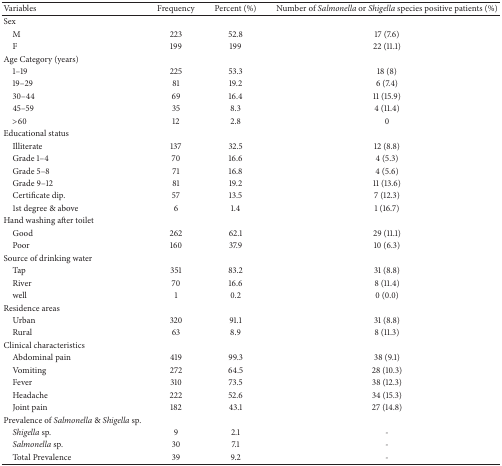
<table><thead><tr><td><b>Variables</b></td><td><b>Frequency </b></td><td><b>Percent (%)</b></td><td><b>Number of<i> Salmonella</i> or <i>Shigella</i> species positive patients (%)</b></td></tr></thead><tbody><tr><td>Sex</td><td> </td><td> </td><td> </td></tr><tr><td> M</td><td>223</td><td>52.8</td><td>17 (7.6)</td></tr><tr><td> F</td><td>199</td><td>199</td><td>22 (11.1)</td></tr><tr><td>Age Category (years)</td><td> </td><td> </td><td> </td></tr><tr><td> 1–19</td><td>225</td><td>53.3</td><td>18 (8)</td></tr><tr><td> 19–29</td><td>81</td><td>19.2</td><td>6 (7.4)</td></tr><tr><td> 30–44</td><td>69</td><td>16.4</td><td>11 (15.9)</td></tr><tr><td> 45–59</td><td>35</td><td>8.3</td><td>4 (11.4)</td></tr><tr><td> &gt;60</td><td>12</td><td>2.8</td><td>0</td></tr><tr><td>Educational status</td><td> </td><td> </td><td> </td></tr><tr><td> Illiterate</td><td>137</td><td>32.5</td><td>12 (8.8)</td></tr><tr><td> Grade 1–4</td><td>70</td><td>16.6</td><td>4 (5.3)</td></tr><tr><td> Grade 5–8</td><td>71</td><td>16.8</td><td>4 (5.6)</td></tr><tr><td> Grade 9–12</td><td>81</td><td>19.2</td><td>11 (13.6)</td></tr><tr><td> Certificate dip.</td><td>57</td><td>13.5</td><td>7 (12.3)</td></tr><tr><td> 1st degree &amp; above</td><td>6</td><td>1.4</td><td>1 (16.7)</td></tr><tr><td>Hand washing after toilet</td><td> </td><td> </td><td> </td></tr><tr><td> Good</td><td>262</td><td>62.1</td><td>29 (11.1)</td></tr><tr><td> Poor</td><td>160</td><td>37.9</td><td>10 (6.3)</td></tr><tr><td>Source of drinking water</td><td> </td><td> </td><td> </td></tr><tr><td> Tap</td><td>351</td><td>83.2</td><td>31 (8.8)</td></tr><tr><td> River</td><td>70</td><td>16.6</td><td>8 (11.4)</td></tr><tr><td> well</td><td>1</td><td>0.2</td><td>0 (0.0)</td></tr><tr><td>Residence areas</td><td> </td><td> </td><td> </td></tr><tr><td> Urban</td><td>320</td><td>91.1</td><td>31 (8.8)</td></tr><tr><td> Rural</td><td>63</td><td>8.9</td><td>8 (11.3)</td></tr><tr><td>Clinical characteristics</td><td> </td><td> </td><td> </td></tr><tr><td> Abdominal pain</td><td>419</td><td>99.3</td><td>38 (9.1)</td></tr><tr><td> Vomiting</td><td>272</td><td>64.5</td><td>28 (10.3)</td></tr><tr><td> Fever</td><td>310</td><td>73.5</td><td>38 (12.3)</td></tr><tr><td> Headache</td><td>222</td><td>52.6</td><td>34 (15.3)</td></tr><tr><td> Joint pain</td><td>182</td><td>43.1</td><td>27 (14.8)</td></tr><tr><td>Prevalence of <i>Salmonella</i> &amp; <i>Shigella</i> sp.</td><td> </td><td> </td><td> </td></tr><tr><td> <i>Shigella </i>sp.</td><td>9</td><td>2.1</td><td>-</td></tr><tr><td> <i>Salmonella </i>sp.</td><td>30</td><td>7.1</td><td>-</td></tr><tr><td> Total Prevalence</td><td>39</td><td>9.2</td><td>-</td></tr></tbody></table>